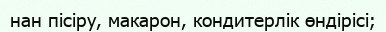
нан пісіру, макарон, кондитерлік өндірісі;